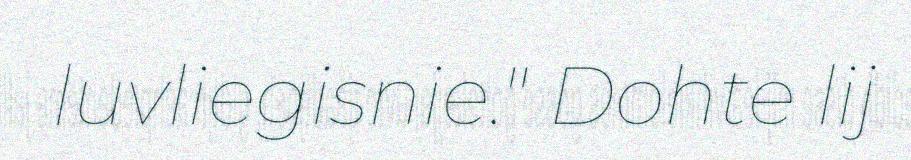
luvliegisnie." Dohte lij